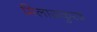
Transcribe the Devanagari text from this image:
मिलाज़कुरद